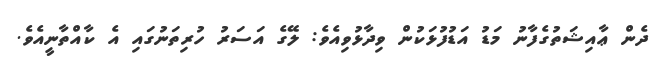
ދެން ޢާއިޝަތުގެފާނު މަޑު އަޑުފުޅަކުން ވިދާޅުވިއެވެ: ލޭގެ އަސަރު ހުރިތަނުގައި އެ ކާއްތާނީއެވެ.